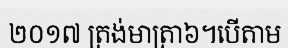
២០១៧ ត្រង់មាត្រា៦។បើតាម